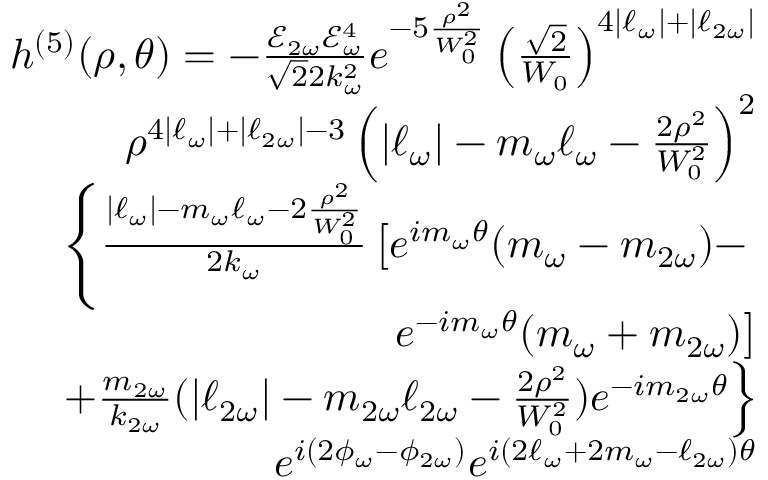
\begin{array} { r l r } & { } & { h ^ { ( 5 ) } ( \rho , \theta ) = - \frac { \mathcal { E } _ { 2 \omega } \mathcal { E } _ { \omega } ^ { 4 } } { \sqrt { 2 } 2 k _ { \omega } ^ { 2 } } e ^ { - 5 \frac { \rho ^ { 2 } } { W _ { 0 } ^ { 2 } } } \left( \frac { \sqrt { 2 } } { W _ { 0 } } \right) ^ { 4 | \ell _ { \omega } | + | \ell _ { 2 \omega } | } } \\ & { } & { \rho ^ { 4 | \ell _ { \omega } | + | \ell _ { 2 \omega } | - 3 } \left( | \ell _ { \omega } | - m _ { \omega } \ell _ { \omega } - \frac { 2 \rho ^ { 2 } } { W _ { 0 } ^ { 2 } } \right) ^ { 2 } } \\ & { } & { \left\{ \frac { | \ell _ { \omega } | - m _ { \omega } \ell _ { \omega } - 2 \frac { \rho ^ { 2 } } { W _ { 0 } ^ { 2 } } } { 2 k _ { \omega } } \left[ e ^ { i m _ { \omega } \theta } ( m _ { \omega } - m _ { 2 \omega } ) - \right. \right. } \\ & { } & { \left. e ^ { - i m _ { \omega } \theta } ( m _ { \omega } + m _ { 2 \omega } ) \right] } \\ & { } & { \left. + \frac { m _ { 2 \omega } } { k _ { 2 \omega } } ( | \ell _ { 2 \omega } | - m _ { 2 \omega } \ell _ { 2 \omega } - \frac { 2 \rho ^ { 2 } } { W _ { 0 } ^ { 2 } } ) e ^ { - i m _ { 2 \omega } \theta } \right\} } \\ & { } & { e ^ { i ( 2 \phi _ { \omega } - \phi _ { 2 \omega } ) } e ^ { i ( 2 \ell _ { \omega } + 2 m _ { \omega } - \ell _ { 2 \omega } ) \theta } } \end{array}